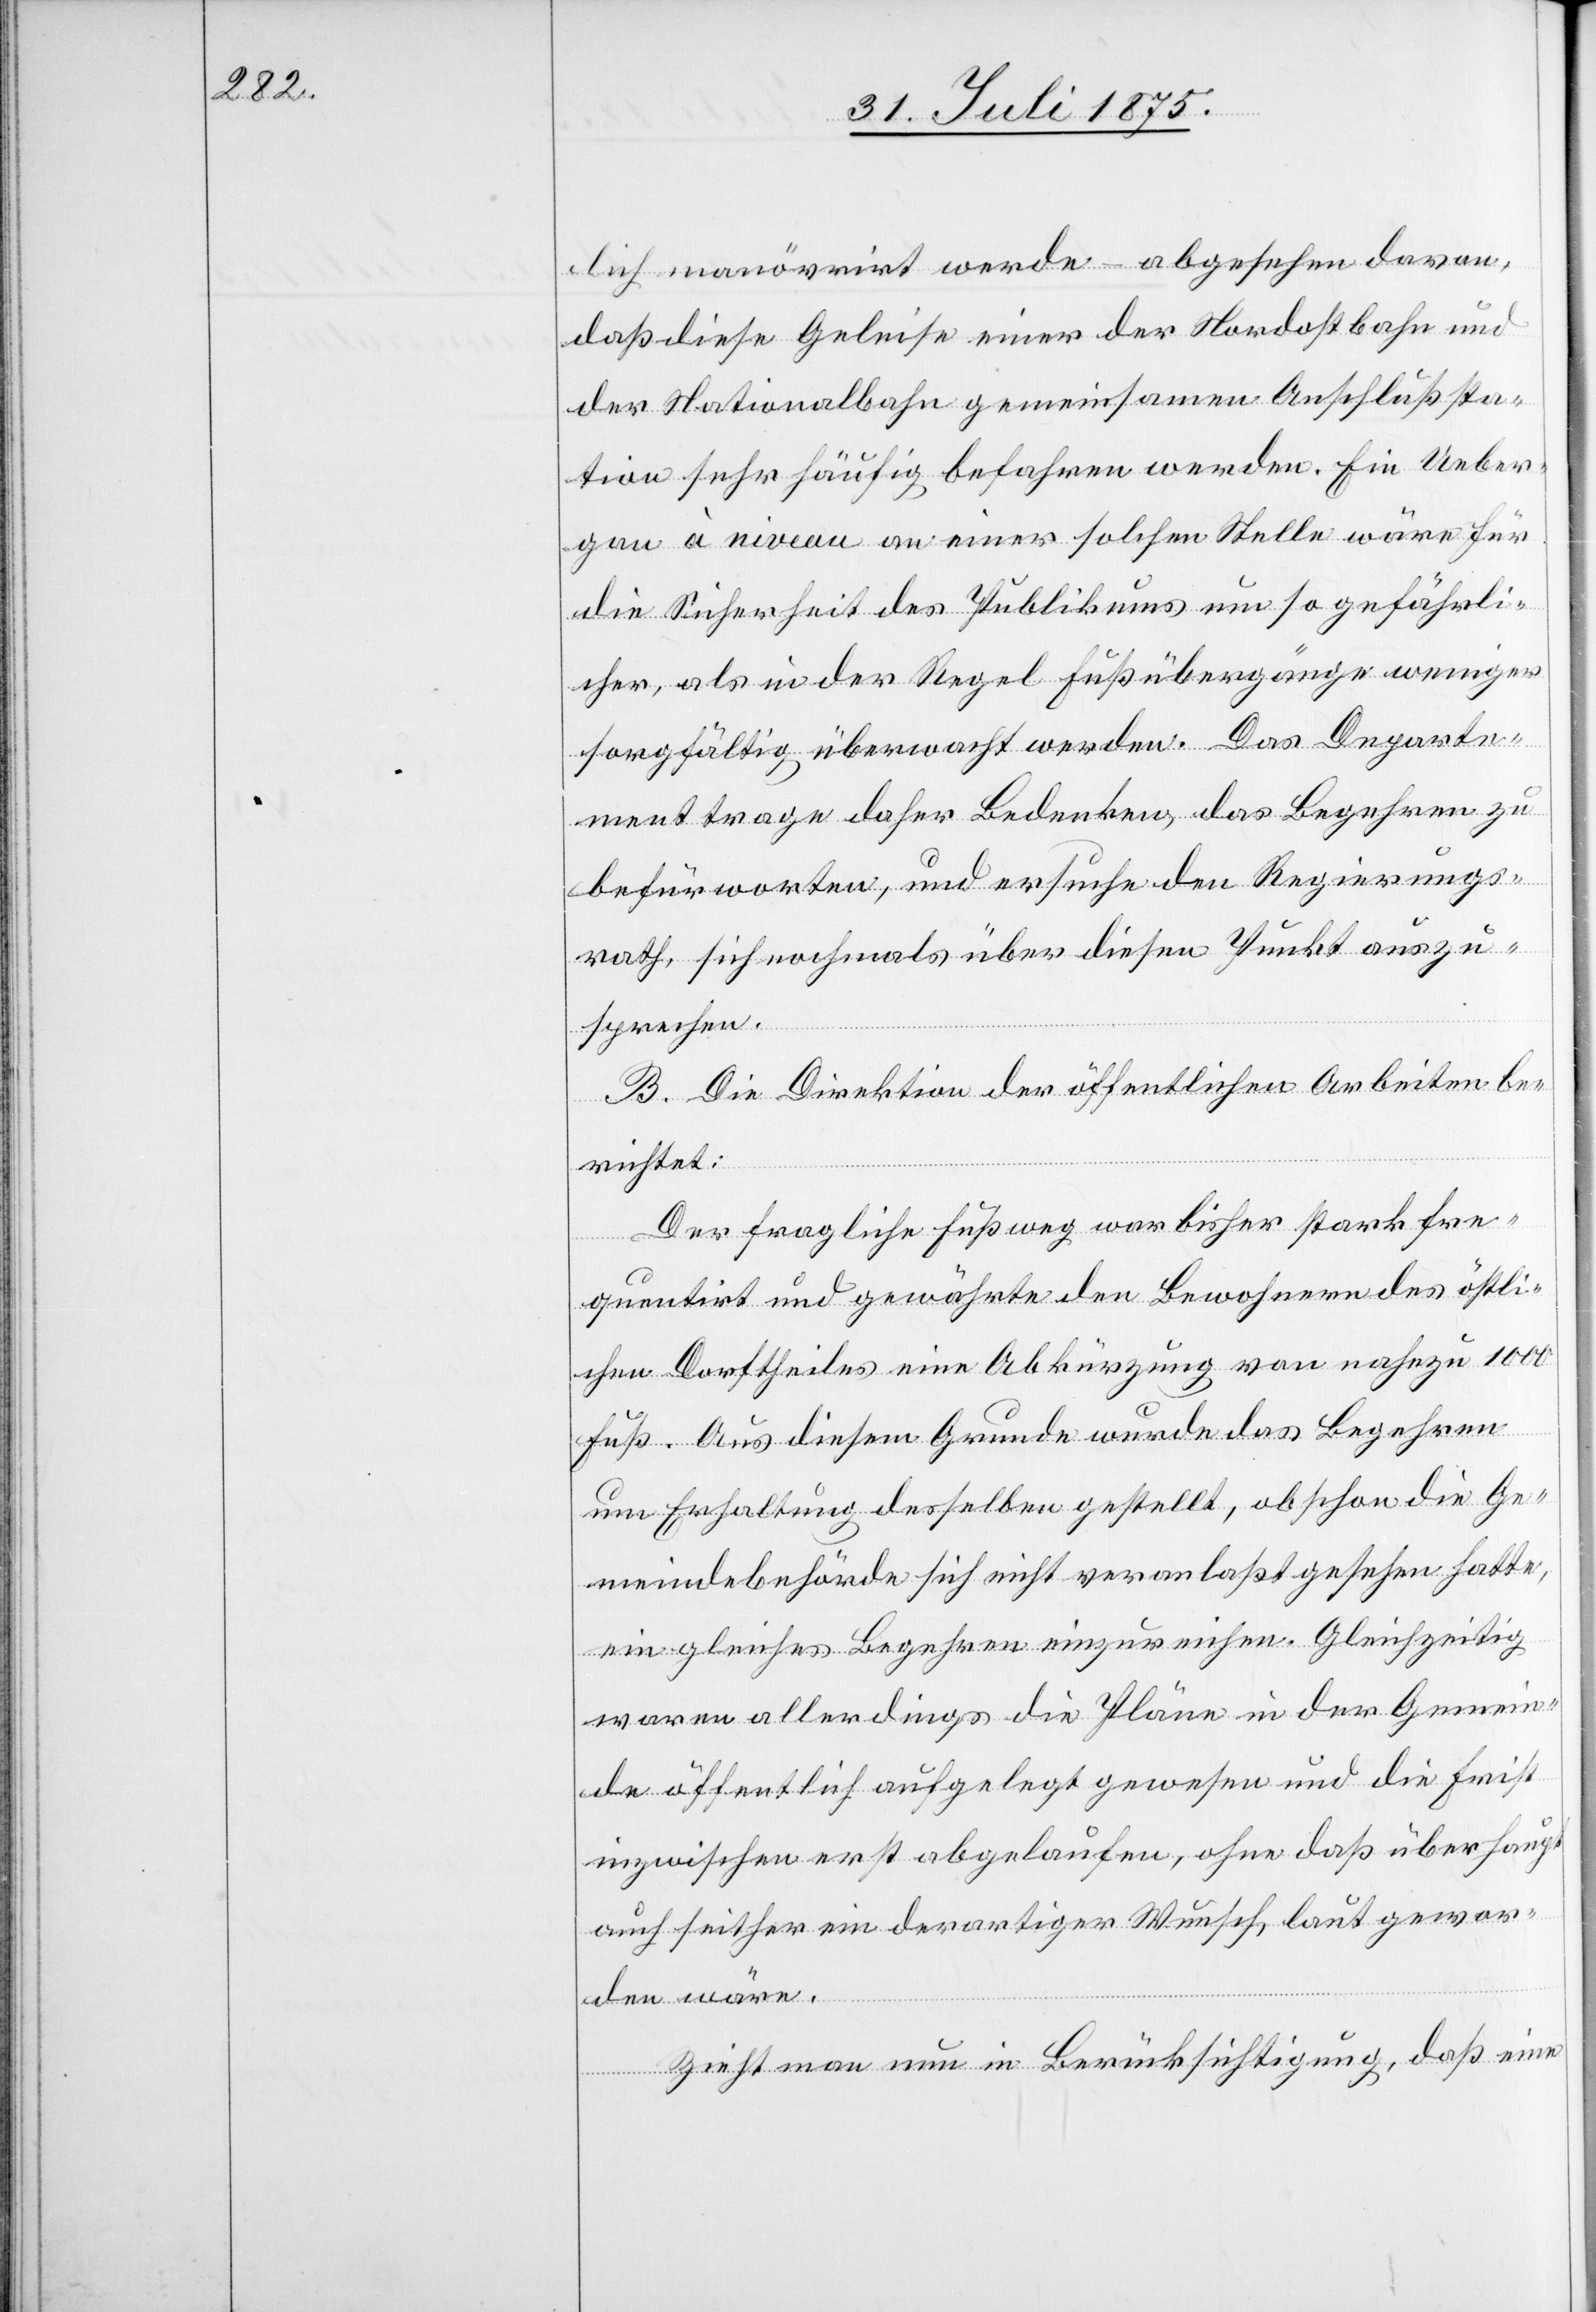
lich manövrirt werde – abgesehen davon,
daß diese Geleise einer der Nordostbahn und
der Nationalbahn gemeinsamen Anschlußsta¬
tion sehr häufig befahren werden. Ein Ueber¬
gan[g] à niveau an einer solchen Stelle wäre für
die Sicherheit des Publikums um so gefährli¬
cher, als in der Regel Fußübergänge weniger
sorgfältig überwacht werden. Das Departe¬
ment trage daher Bedenken das Begehren zu
befürworten, und ersuche den Regierungs¬
rath, sich nochmals über diesen Punkt auszu¬
sprechen.
B. Die Direktion der öffentlichen Arbeiten be¬
richtet:
Der fragliche Fußweg war bisher stark fre¬
quentirt und gewährte den Bewohnern östli¬
chen Dorftheiles eine Abkürzung von nahezu 1000
Fuß. Aus diesem Grunde wurde das Begehren
um Erhaltung desselben gestellt, obschon die Ge¬
meindebehörde sich nicht veranlaßt gesehen hatte,
ein gleiches Begehren einzureichen. Gleichzeitig
waren allerdings die Pläne in der Gemein¬
de öffentlich aufgelegt gewesen und die Frist
inzwischen erst abgelaufen, ohne daß überhaupt
auch seither ein derartiger Wunsch, laut gewor¬
den wäre.
Zieht man nun in Berücksichtigung, daß eine